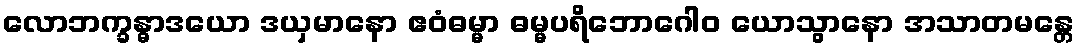
လောဘက္ခန္ဓာဒယော ဒယှမာနော ဧဝံဓမ္မာ ဓမ္မပရိဘောဂေါဝ ယောသွာနော အသာတမန္တေ